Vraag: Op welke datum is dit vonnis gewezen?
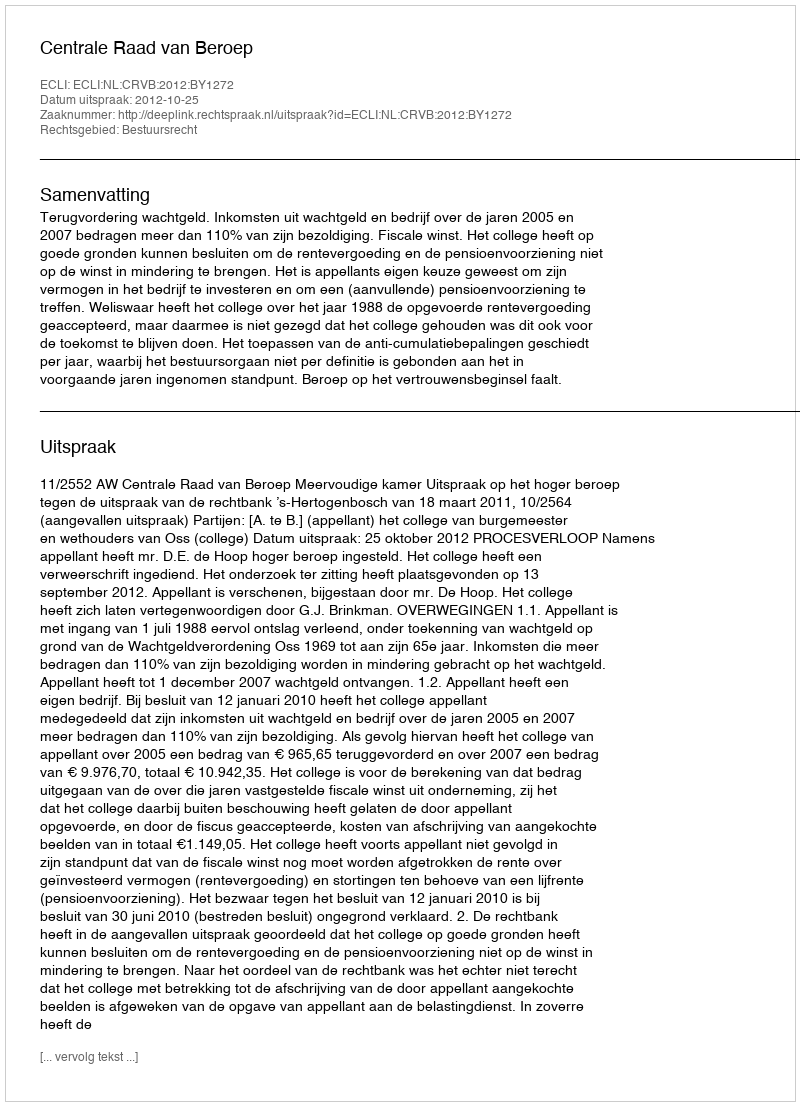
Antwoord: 2012-10-25